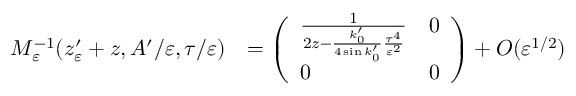
\begin{array} { r l } { M _ { \varepsilon } ^ { - 1 } ( z _ { \varepsilon } ^ { \prime } + z , A ^ { \prime } / \varepsilon , \tau / \varepsilon ) } & { = \left( \begin{array} { l l } { \frac { 1 } { 2 z - \frac { k _ { 0 } ^ { \prime } } { 4 \sin k _ { 0 } ^ { \prime } } \frac { \tau ^ { 4 } } { \varepsilon ^ { 2 } } } } & { 0 } \\ { 0 } & { 0 } \end{array} \right) + O ( \varepsilon ^ { 1 / 2 } ) } \end{array}